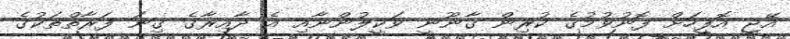
އޭޖީ އޮފީހަށް ފޮނުވުމުގެ ކުރިން ގާނޫނީ ވަކީލުންނާއި އެ ދާއިރާގެ ގިނަ ފަރާތްތަކުގެ